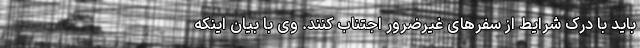
باید با درک شرایط از سفرهای غیرضرور اجتناب کنند. وی با بیان اینکه